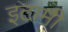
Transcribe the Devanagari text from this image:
इटामी